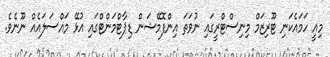
މިއީ ހަމައެކަނި ޓޫރިޒަމް މިނިސްޓްރީގައި ނުވަތަ އިންފޮމޭޝަން ޑިޕާޓްމަންޓްގައި އުޅޭ މައްސަލައެއް ނޫނެވެ.